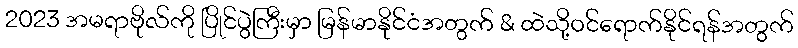
2023 အမရာဗိုလ်ကို ပြိုင်ပွဲကြီးမှာ မြန်မာနိုင်ငံအတွက် & ထဲသို့ဝင်ရောက်နိုင်ရန်အတွက်